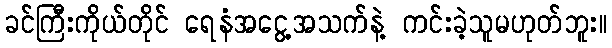
ခင်ကြီးကိုယ်တိုင် ရေနံအငွေ့အသက်နဲ့ ကင်းခဲ့သူမဟုတ်ဘူး။